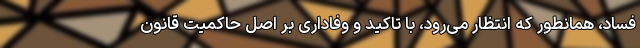
فساد، همانطور که انتظار می‌رود، با تاکید و وفاداری بر اصل حاکمیت قانون